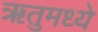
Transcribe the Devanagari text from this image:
ॠतुमध्ये